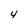
Character: 4